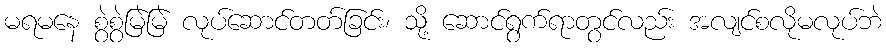
မရမနေ စွဲစွဲမြဲမြဲ လုပ်ဆောင်တတ်ခြင်း၊ သို့ ဆောင်ရွက်ရာတွင်လည်း အလျင်စလိုမလုပ်ဘဲ